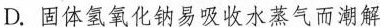
D.固体氢氧化钠易吸收水蒸气而潮解